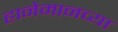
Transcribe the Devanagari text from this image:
हानेमानच्या